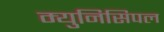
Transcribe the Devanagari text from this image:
म्‍युनिसिपल